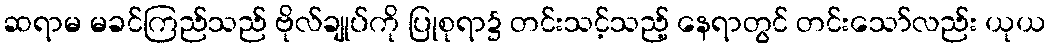
ဆရာမ မခင်ကြည်သည် ဗိုလ်ချုပ်ကို ပြုစုရာ၌ တင်းသင့်သည့် နေရာတွင် တင်းသော်လည်း ယုယ